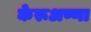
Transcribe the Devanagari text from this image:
केरूअण्णा